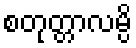
စတုတ္တာလမ္ပိ